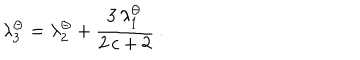
\lambda _ { 3 } ^ { \Theta } = \lambda _ { 2 } ^ { \Theta } + \frac { 3 \, \lambda _ { 1 } ^ { \Theta } } { 2 \, c + 2 } \: .